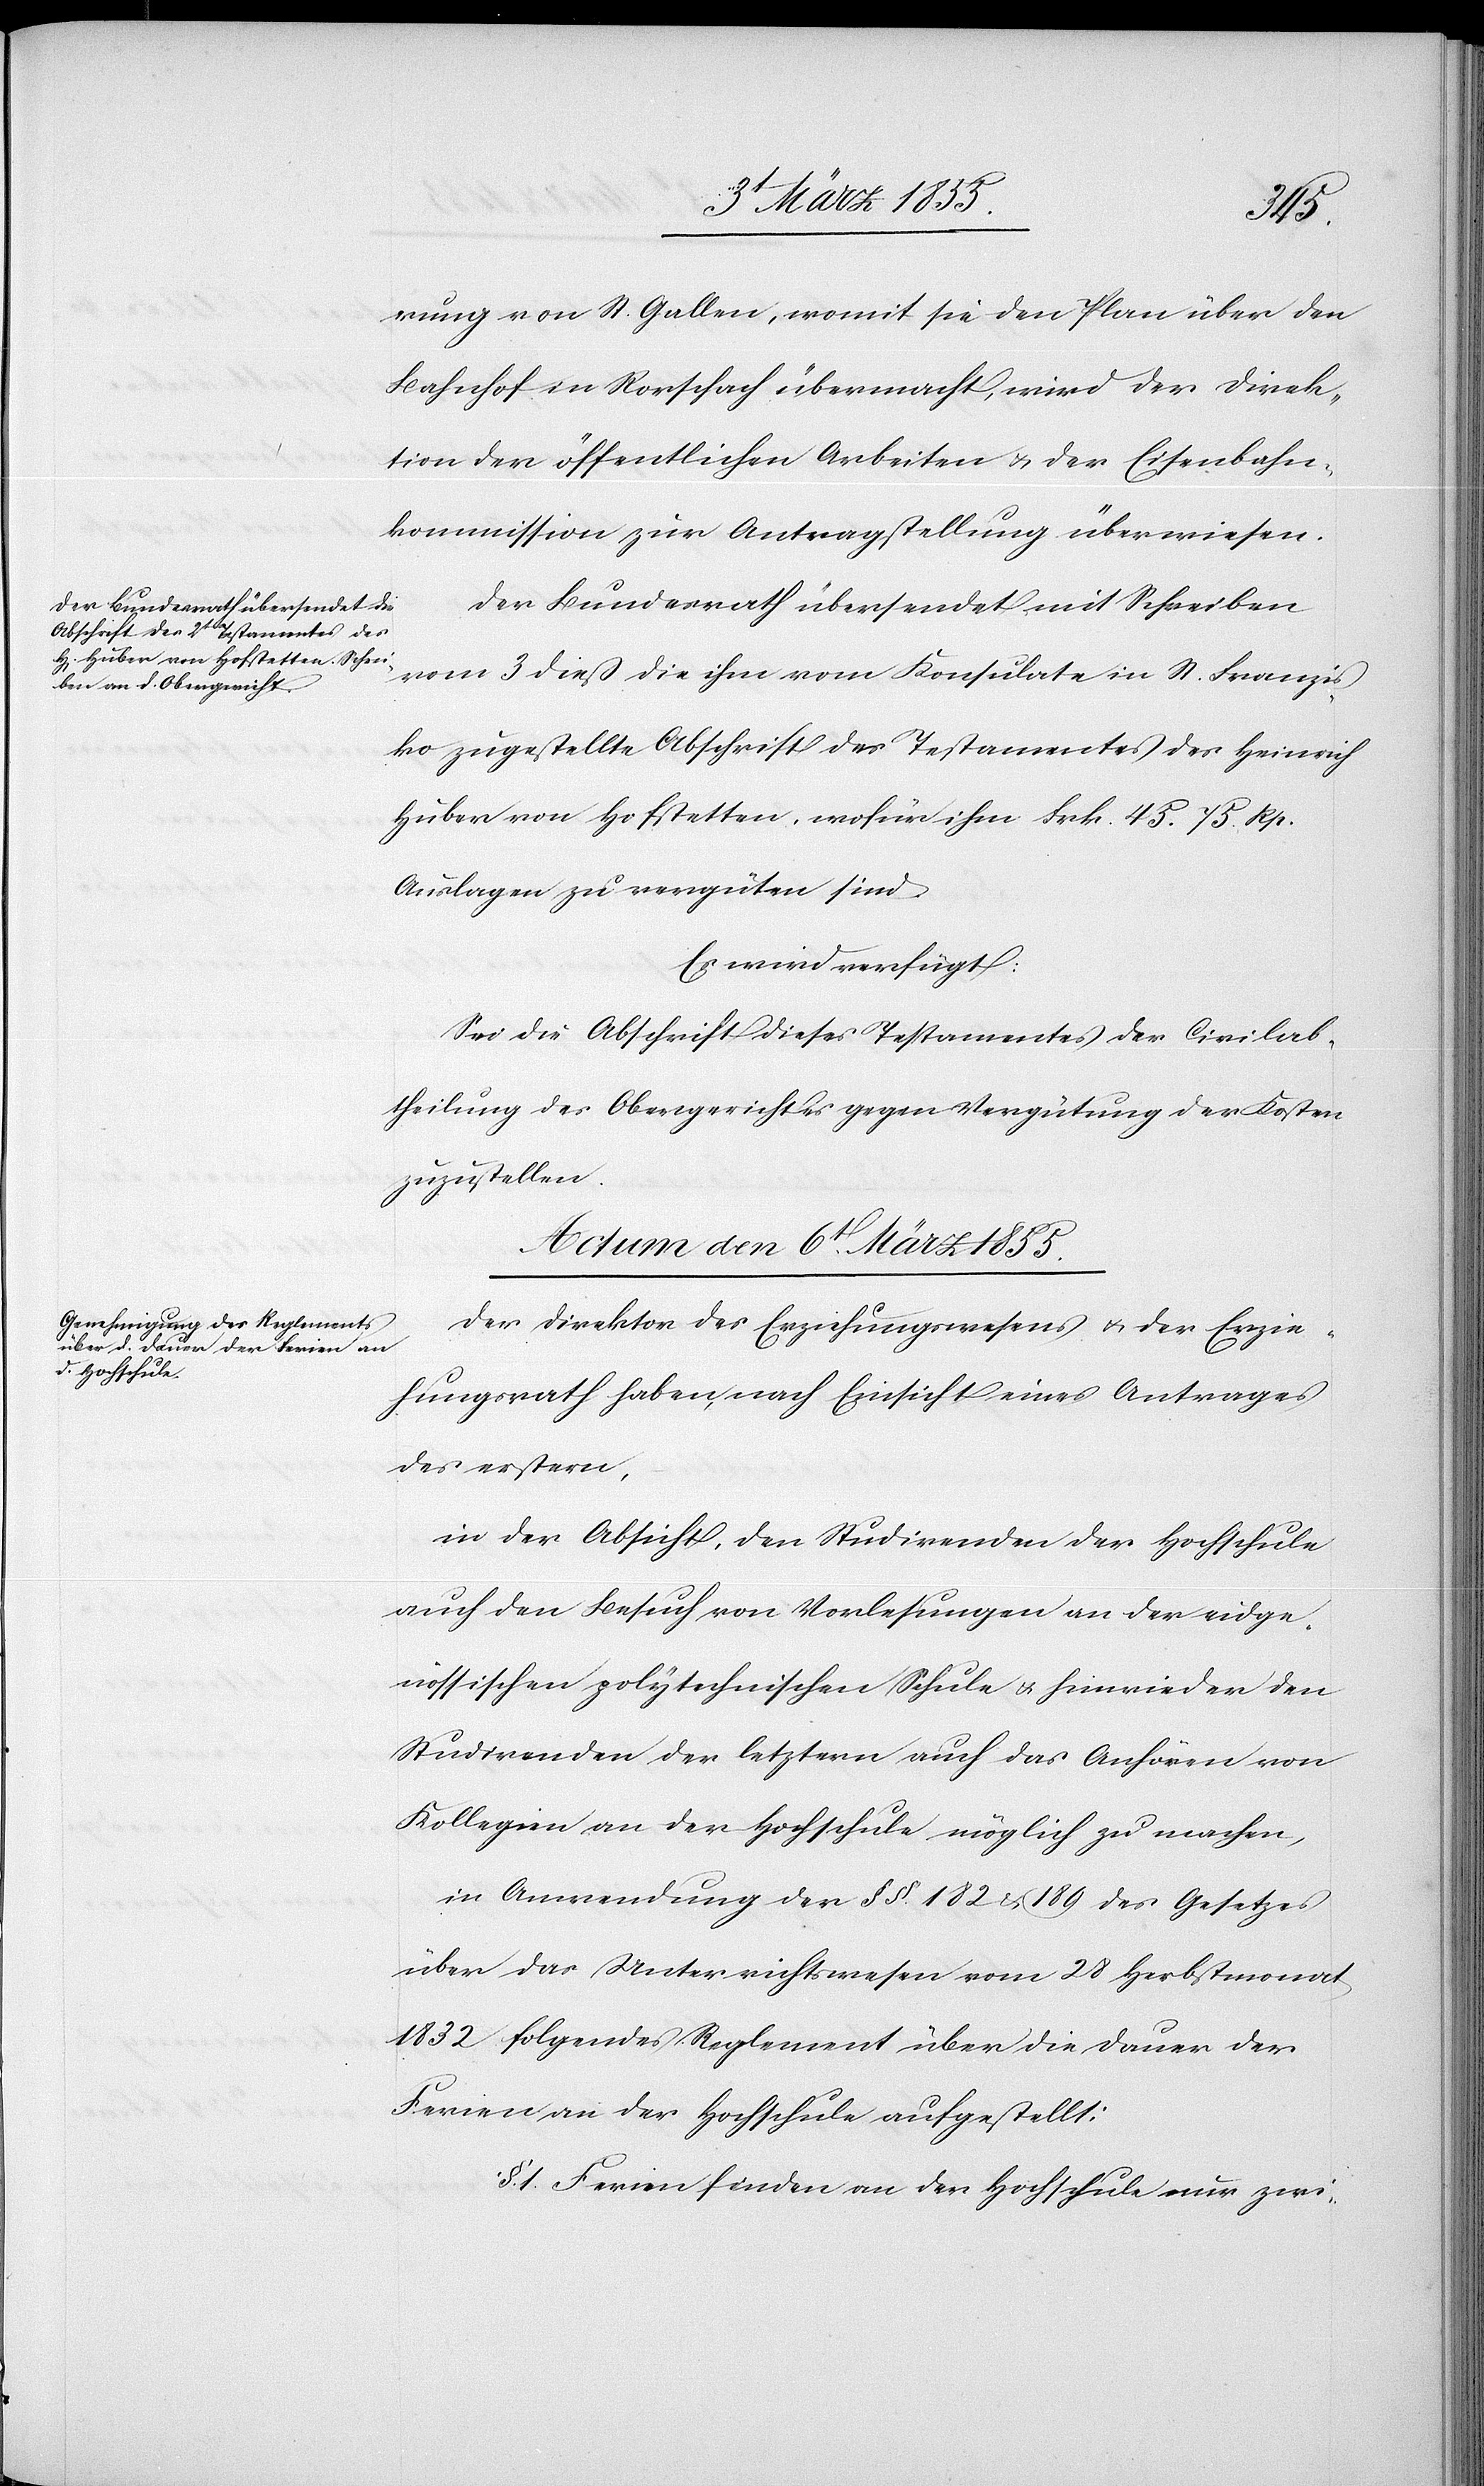
5t. März 1855.]
den
rung von St. Gallen, womit sie den Plan über den
Bahnhof in Rorschach übermacht, wird der Direk¬
tion der öffentlichen Arbeiten & der Eisenbahn¬
kommission zur Antragstellung überwiesen.
Der Bundesrath übersendet mit Schreiben
vom 3 dieß die ihm vom Konsulate in St. Franzis¬
ko zugestellte Abschrift des Testamentes des Heinrich
Huber von Hofstetten, wofür ihm Frk. 45. 75. Rp.
Auslagen zu vergüten sind.
Es wird verfügt:
Sei die Abschrift dieses Testamentes der Civilab¬
theilung des Obergerichtes gegen Vergütung der Kosten
zuzustellen.
Actum den 6t. März 1855.
Der Direktor des Erziehungswesens & der Erzie¬
hungsrath haben, nach Einsicht eines Antrages
des erstern,
in der Absicht, den Studirenden der Hochschule
auch den Besuch von Vorlesungen an der eidge¬
nössischen polytechnischen Schule & hinwieder den
Studirenden der letztern auch das Anhören von
Kollegien an der Hochschule möglich zu machen,
in Anwendung der §§. 182 & 189 des Gesetzes
über das Unterrichtswesen vom 28 Herbstmonat
1832 folgendes Reglement über die Dauer der
Ferien an der Hochschule aufgestellt:
§. 1. Ferien finden an der Hochschule nur zwi-